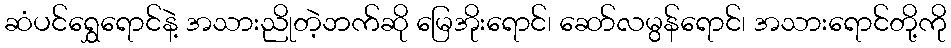
ဆံပင်ရွှေရောင်နဲ့ အသားညိုတဲ့ဘက်ဆို မြေအိုးရောင်၊ ဆော်လမွန်ရောင်၊ အသားရောင်တို့ကို